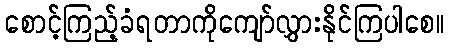
စောင့်ကြည့်ခံရတာကိုကျော်လွှားနိုင်ကြပါစေ။